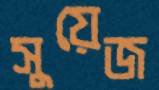
সুয়েজ